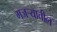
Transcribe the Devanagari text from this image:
गजर्‍यातील